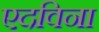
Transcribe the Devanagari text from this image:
एदविना